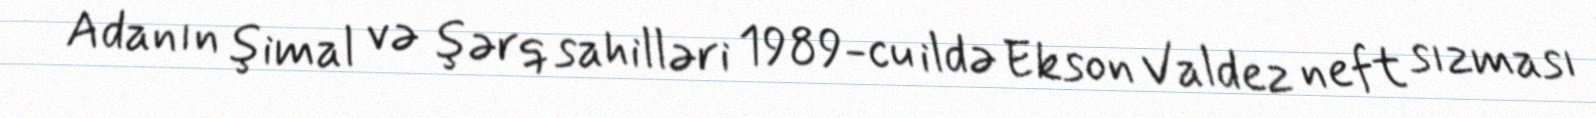
Adanın şimal və şərq sahilləri 1989-cu ildə Ekson Valdez neft sızması